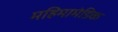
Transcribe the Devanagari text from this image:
महिमामंडिक